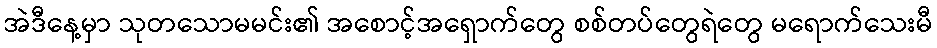
အဲဒီနေ့မှာ သုတသောမမင်း၏ အစောင့်အရှောက်တွေ စစ်တပ်တွေရဲတွေ မရောက်သေးမီ